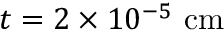
t = 2 \times 1 0 ^ { - 5 } ~ \mathrm { c m }